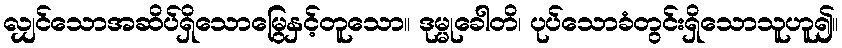
လျှင်သောအဆိပ်ရှိသောမြွေနှင့်တူသော။ ဒုမ္မုခေါတိ၊ ပုပ်သောခံတွင်းရှိသောသူဟူ၍။